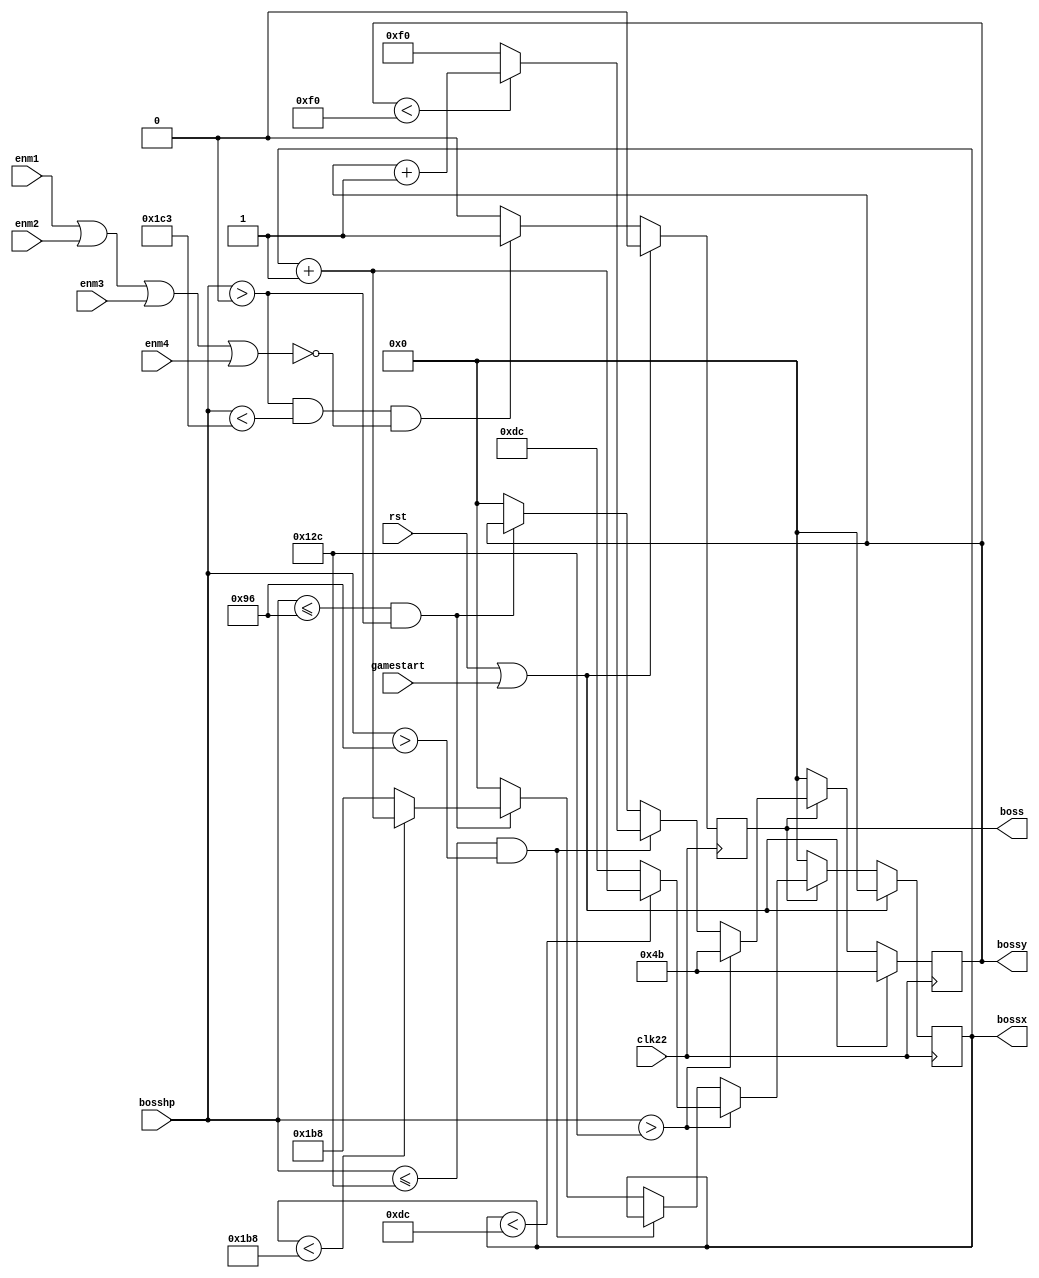
module boss(rst,clk22,enm1,enm2,enm3,enm4,bosshp,bossx,bossy,boss,gamestart);
	input rst;
	input clk22;
	input enm1;
	input enm2;
	input enm3;
	input enm4;
	input [9:0] bosshp;
	input gamestart;
	output reg [9:0] bossx;
	output reg [9:0] bossy;
	output reg boss;

	reg nt_boss;
	reg [9:0] nt_bossx;
	reg [9:0] nt_bossy;

	wire enm;
	assign enm = enm1 | enm2 | enm3 | enm4;//if enm = 0 then boss comes

	always@(posedge clk22)begin
		if(rst||gamestart)
		begin
			boss <= 1'b0;
			bossx <= 10'd0;
			bossy <= 10'd75;
		end
		else
		begin
			boss <= nt_boss;
			bossx <= nt_bossx;
			bossy <= nt_bossy;
		end
	end

	always@(*)begin
		if(boss)
		begin
		if(bosshp > 10'd300)
			begin
				if(bossx < 10'd220)
				begin
					nt_bossx = bossx + 10'd1;
					nt_bossy = 10'd75;
				end
				else
				begin
					nt_bossx = 10'd220;
					nt_bossy = 10'd75;
				end
			end
			else if(bosshp <= 10'd300 && bosshp > 10'd150)
			begin
				if(bossy < 10'd240)
				begin
					nt_bossy = bossy + 10'd1;
					nt_bossx = bossx;
				end
				else
				begin
					nt_bossy = 10'd240;
					nt_bossx = bossx;
				end
			end
			else if(bosshp <= 10'd150 && bosshp > 10'd0)
			begin
				if(bossx < 10'd440)
				begin
					nt_bossx = bossx + 10'd1;
					nt_bossy = bossy;
				end
				else
				begin
					nt_bossx = 10'd440;
					nt_bossy = bossy;
				end
			end
			else
			begin
				nt_bossx = 10'd0;
				nt_bossy = 10'd0;
			end
		end
		else
		begin
			nt_bossx = 10'd0;
			nt_bossy = 10'd0;
		end
	end
	
	always@(*)begin
		if(bosshp > 10'd0 && bosshp < 10'd451 && !enm)
		begin
			nt_boss = 1'b1;
		end
		else
		begin
			nt_boss = 1'b0;
		end
	end
endmodule